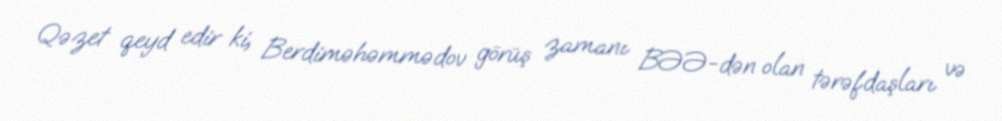
Qəzet qeyd edir ki, Berdiməhəmmədov görüş zamanı BƏƏ-dən olan tərəfdaşları və